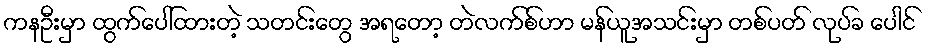
ကနဦးမှာ ထွက်ပေါ်ထားတဲ့ သတင်းတွေ အရတော့ တဲလက်စ်ဟာ မန်ယူအသင်းမှာ တစ်ပတ် လုပ်ခ ပေါင်